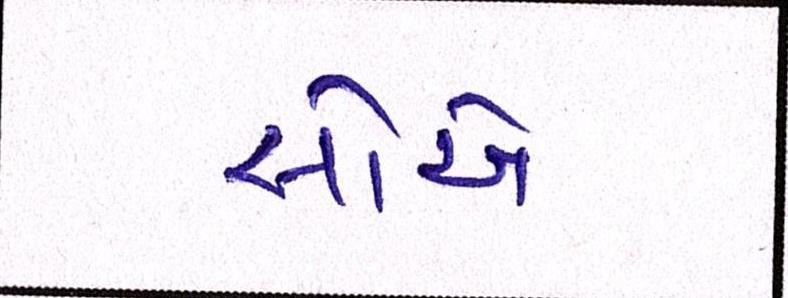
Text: સોએ